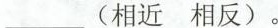
___ (相近 相反)。